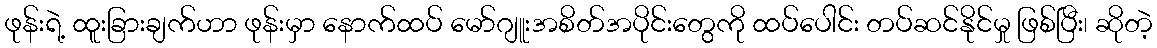
ဖုန်းရဲ့ ထူးခြားချက်ဟာ ဖုန်းမှာ နောက်ထပ် မော်ဂျူးအစိတ်အပိုင်းတွေကို ထပ်ပေါင်း တပ်ဆင်နိုင်မှု ဖြစ်ပြီး၊ ဆိုတဲ့